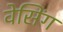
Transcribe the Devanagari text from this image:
वेसिंग